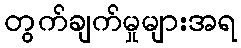
တွက်ချက်မှုများအရ